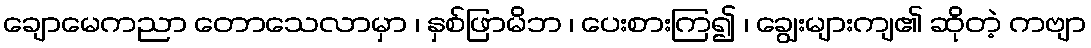
ချောမေကညာ တောသေလာမှာ ၊ နှစ်ဖြာမိဘ ၊ ပေးစားကြ၍ ၊ ချွေးများကျ၏ ဆိုတဲ့ ကဗျာ